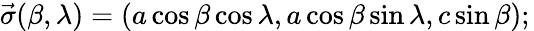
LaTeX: {\vec{\sigma}}(\beta,\lambda)=(a\cos\beta\cos\lambda,a\cos\beta\sin\lambda,c\sin\beta);\,